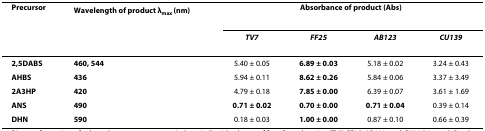
<table><thead><tr><td><b>Precursor</b></td><td><b>Wavelength of product λ<sub>max </sub>(nm)</b></td><td colspan="4"><b>Absorbance of product (Abs)</b></td></tr><tr><td></td><td></td><td><b><i>TV7</i></b></td><td><b><i>FF25</i></b></td><td><b><i>AB123</i></b></td><td><b><i>CU139</i></b></td></tr></thead><tbody><tr><td><b>2,5DABS</b></td><td><b>460, 544</b></td><td>5.40 ± 0.05</td><td><b>6.89 ± 0.03</b></td><td>5.18 ± 0.02</td><td>3.24 ± 0.43</td></tr><tr><td><b>AHBS</b></td><td><b>436</b></td><td>5.94 ± 0.11</td><td><b>8.62 ± 0.26</b></td><td>5.84 ± 0.06</td><td>3.37 ± 3.49</td></tr><tr><td><b>2A3HP</b></td><td><b>420</b></td><td>4.79 ± 0.18</td><td><b>7.85 ± 0.00</b></td><td>6.39 ± 0.07</td><td>3.61 ± 1.69</td></tr><tr><td><b>ANS</b></td><td><b>490</b></td><td><b>0.71 ± 0.02</b></td><td><b>0.70 ± 0.00</b></td><td><b>0.71 ± 0.04</b></td><td>0.39 ± 0.14</td></tr><tr><td><b>DHN</b></td><td><b>590</b></td><td>0.18 ± 0.03</td><td><b>1.00 ± 0.00</b></td><td>0.87 ± 0.10</td><td>0.66 ± 0.39</td></tr></tbody></table>